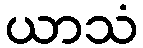
ယာသံ